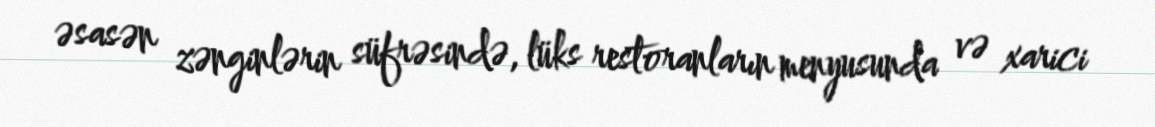
əsasən zənginlərin süfrəsində, lüks restoranların menyusunda və xarici